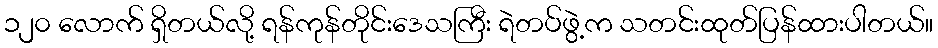
၁၂၀ လောက် ရှိတယ်လို့ ရန်ကုန်တိုင်းဒေသကြီး ရဲတပ်ဖွဲ့က သတင်းထုတ်ပြန်ထားပါတယ်။